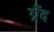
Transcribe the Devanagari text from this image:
ग्रैंद